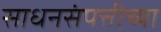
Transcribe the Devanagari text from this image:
साधनसंपत्तीच्या